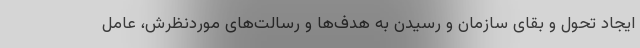
ایجاد تحول و بقای سازمان و رسیدن به هدف‌ها و رسالت‌های موردنظرش، عامل